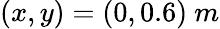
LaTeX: (x,y)=(0,0.6)\ m